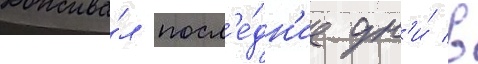
Дожива́л посл'е́дн'ие дн'и́ в